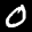
Label: 0